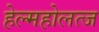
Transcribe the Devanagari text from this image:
हेल्महोलत्ज